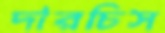
দারচিস